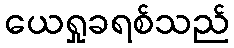
ယေရှုခရစ်သည်